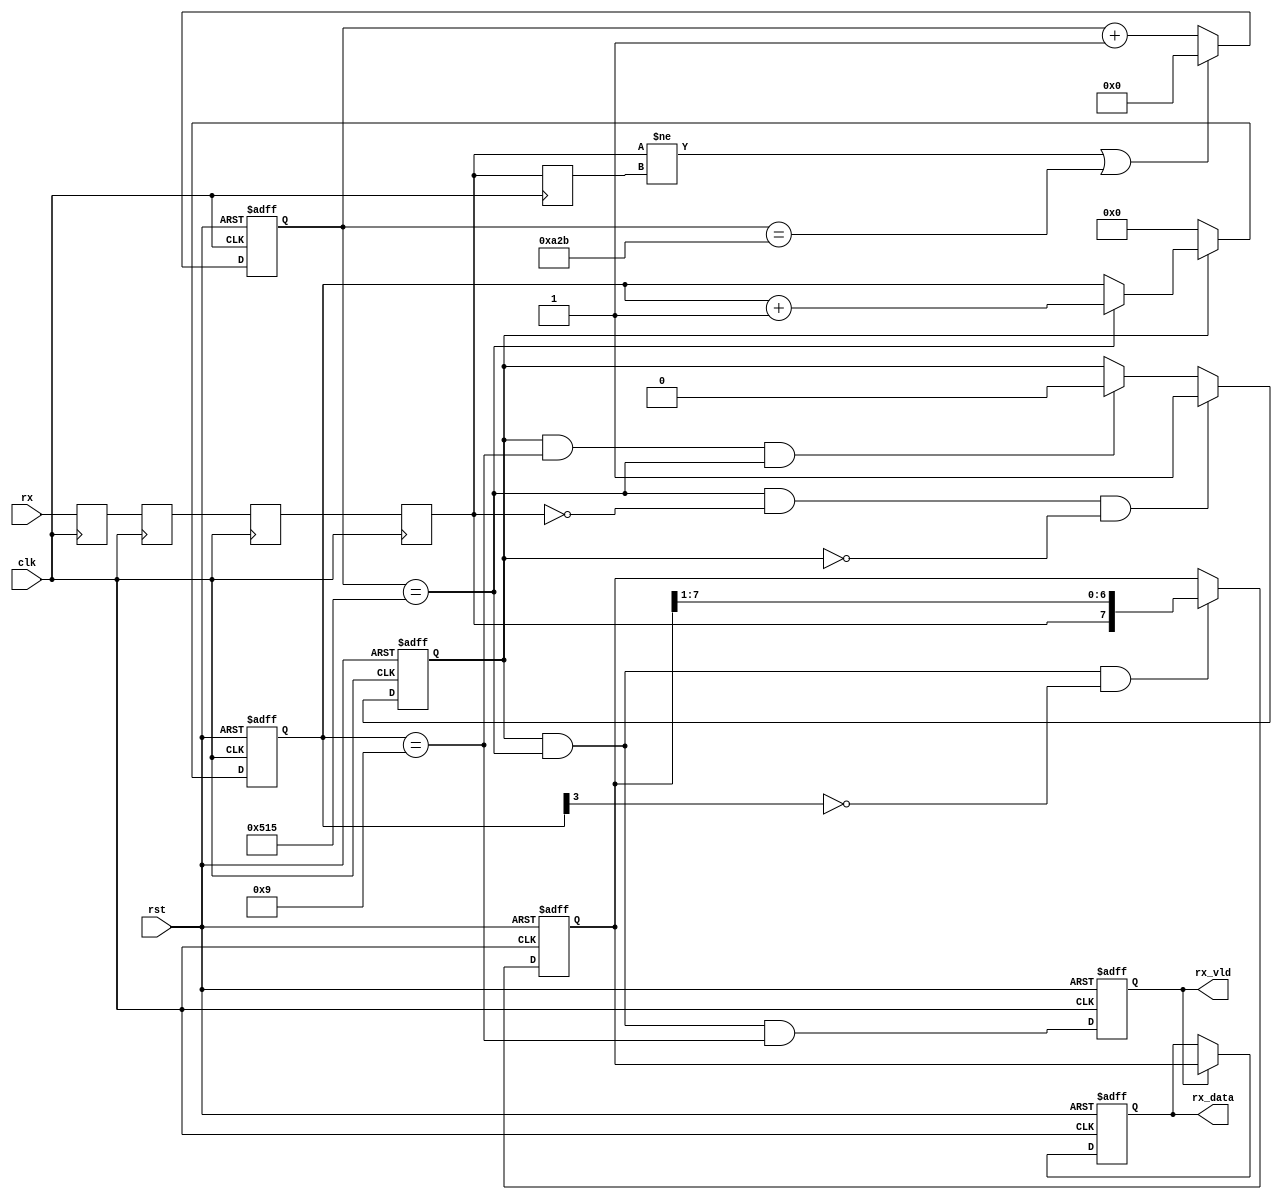
module rx(
    input wire clk,
    input wire rst,
    input wire rx,

    output reg rx_vld,
    output reg [7:0] rx_data
);

// 
reg rx1, rx2, rx3, rxx;
always @ (posedge clk) begin
    rx1 <= rx;
    rx2 <= rx1;
    rx3 <= rx2;
    rxx <= rx3;
end

// rxx
reg rx_dly;
always @ (posedge clk)
    rx_dly <= rxx;

wire rx_change;
assign rx_change = (rxx != rx_dly);


// 9600Hz2604
reg [13:0] rx_cnt;
always @ (posedge clk or posedge rst) begin
    if (rst) begin
        rx_cnt <= 0;
    end
    else if (rx_change | rx_cnt == 14'd2603) begin
        rx_cnt <= 0;
    end
    else begin
        rx_cnt <= rx_cnt + 1'b1;
    end
end

// 1302
wire rx_en;
assign rx_en = (rx_cnt == 14'd1301);

// rx_en1rxx0
// 10bit8bit1bit1bit
// 

reg data_vld;
reg [3:0]data_cnt;
always @ (posedge clk or posedge rst) begin
    if (rst) begin
        data_vld <= 1'b0;
    end
    else if (rx_en & ~rxx & ~data_vld) begin
        data_vld <= 1'b1;
    end
    else if (data_vld & (data_cnt == 4'h9) & rx_en) begin
        data_vld <= 1'b0;
    end
end

always @ (posedge clk or posedge rst) begin
    if (rst) begin
        data_cnt <= 4'b0;
    end
    else if (data_vld) begin
        if (rx_en) begin
            data_cnt <= data_cnt + 1'b1;
        end
    end
    else begin
        data_cnt <= 4'b0;
    end
end

// rxx
reg [7:0] rx_data_tmp;
always @ (posedge clk or posedge rst) begin
    if (rst) begin
        rx_data_tmp <= 8'b0;
    end
    else if (data_vld & rx_en & ~data_cnt[3]) begin
        rx_data_tmp <= {rxx, rx_data_tmp[7:1]};
    end
end

// rx_vld
always @ (posedge clk or posedge rst) begin
    if (rst) begin
        rx_vld <= 1'b0;
    end
    else begin
        rx_vld <= data_vld & rx_en & (data_cnt == 4'h9);
    end
end

// rx_data
always @ (posedge clk or posedge rst) begin
    if (rst) begin
        rx_data <= 8'b0;
    end
    else if (rx_vld) begin
        rx_data <= rx_data_tmp;
    end
end

endmodule